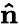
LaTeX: \mathbf{\hat{n}}